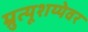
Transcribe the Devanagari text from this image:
म्रुत्यूशय्येवर